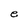
Character: e